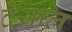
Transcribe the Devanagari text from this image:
देयाल